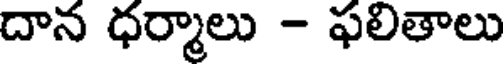
దాన ధర్మాలు - ఫలితాలు